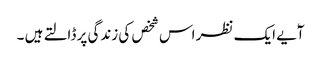
آٗیے ایک نظر اس شخص کی زندگی پر ڈالتے ہیں ۔